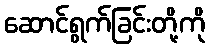
ဆောင်ရွက်ခြင်းတို့ကို